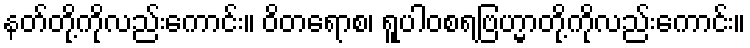
နတ်တို့ကိုလည်းကောင်း။ ဝိတရောစ၊ ရူပါဝစရဗြဟ္မာတို့ကိုလည်းကောင်း။